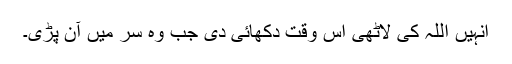
انہیں اللہ کی لاٹھی اُس وقت دکھائی دی جب وہ سر میں آن پڑی۔